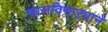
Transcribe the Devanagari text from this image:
चालविणाऱ्याने